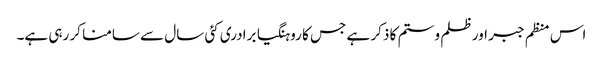
اس منظم جبر اور ظلم و ستم کا ذکر ہے جس کا روہنگیا برادری کئی سال سے سامنا کر رہی ہے۔